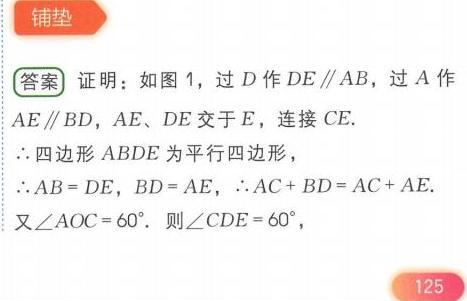
**铺垫**
**答案** 证明：如图1，过\(D\)作\(DE\parallel AB\)，过\(A\)作\(AE\parallel BD\)，\(AE\)、\(DE\)交于\(E\)，连接\(CE\).
\(\therefore\)四边形\(ABDE\)为平行四边形，
\(\therefore AB = DE\)，\(BD = AE\)，\(\therefore AC + BD=AC + AE\).
又\(\angle AOC = 60^{\circ}\). 则\(\angle CDE = 60^{\circ}\)，
125